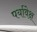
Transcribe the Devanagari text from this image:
पर्यावेक्ष